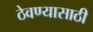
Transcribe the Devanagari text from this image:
ठेवण्‍यासाठी